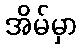
အိမ်မှာ